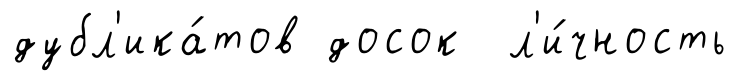
дубл'ика́тов досок л'и́чность